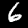
Label: 6